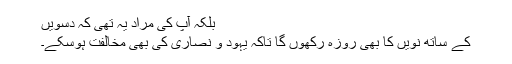
بلکہ آپ کی مراد یہ تھی کہ دسویں
کے ساتھ نویں کا بھی روزہ رکھوں گا تاکہ یہود و نصاریٰ کی بھی مخالفت ہوسکے۔